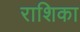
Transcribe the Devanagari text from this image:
राशिका